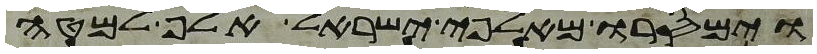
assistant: וימסרו מאלפי ישראל אלף למטה